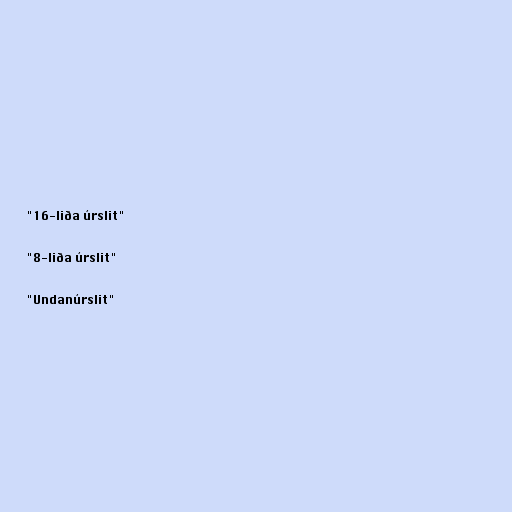
"16-liða úrslit"

"8-liða úrslit"

"Undanúrslit"